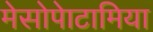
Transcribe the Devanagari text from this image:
मेसोपेाटामिया